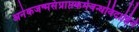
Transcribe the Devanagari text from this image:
अनेकजन्मसंप्राप्तकर्मबन्धविदाहिने